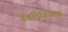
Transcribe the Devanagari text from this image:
देवचिकित्सक